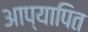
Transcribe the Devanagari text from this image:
आप्यापित